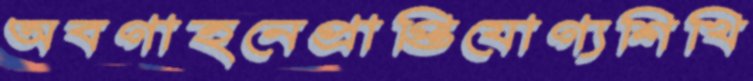
অবগাহনেপ্রাপ্তিযোগ্যশিখি